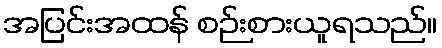
အပြင်းအထန် စဉ်းစားယူရသည်။